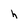
Character: h